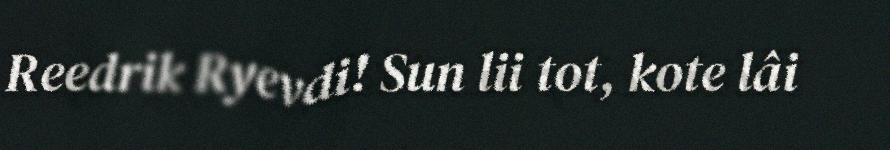
Reedrik Ryevdi! Sun lii tot, kote lâi